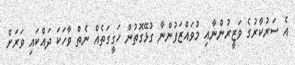
އެ ސަރުކާރުގެ ވަޒީރުންނާއި މުވައްޒަފުންނާ ގުޅޭގޮތުން ހަގީގަތެއް ނެތް ވާހަކަ ދައްކައި ވަރަށް